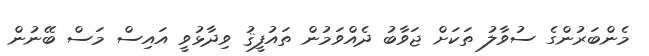
މެންބަރުންގެ ސުވާލު ތަކަށް ޖަވާބު ދެއްވަމުން ތައުފީޤު ވިދާޅުވީ އައިސް މަސް ބޭނުން